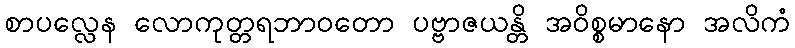
စာပလ္လေန လောကုတ္တရဘာဝတော ပဗ္ဗာဇယန္တိ အဝိစ္စမာနော အလိကံ